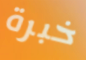
خبرة